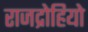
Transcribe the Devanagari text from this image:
राजद्रोहियो